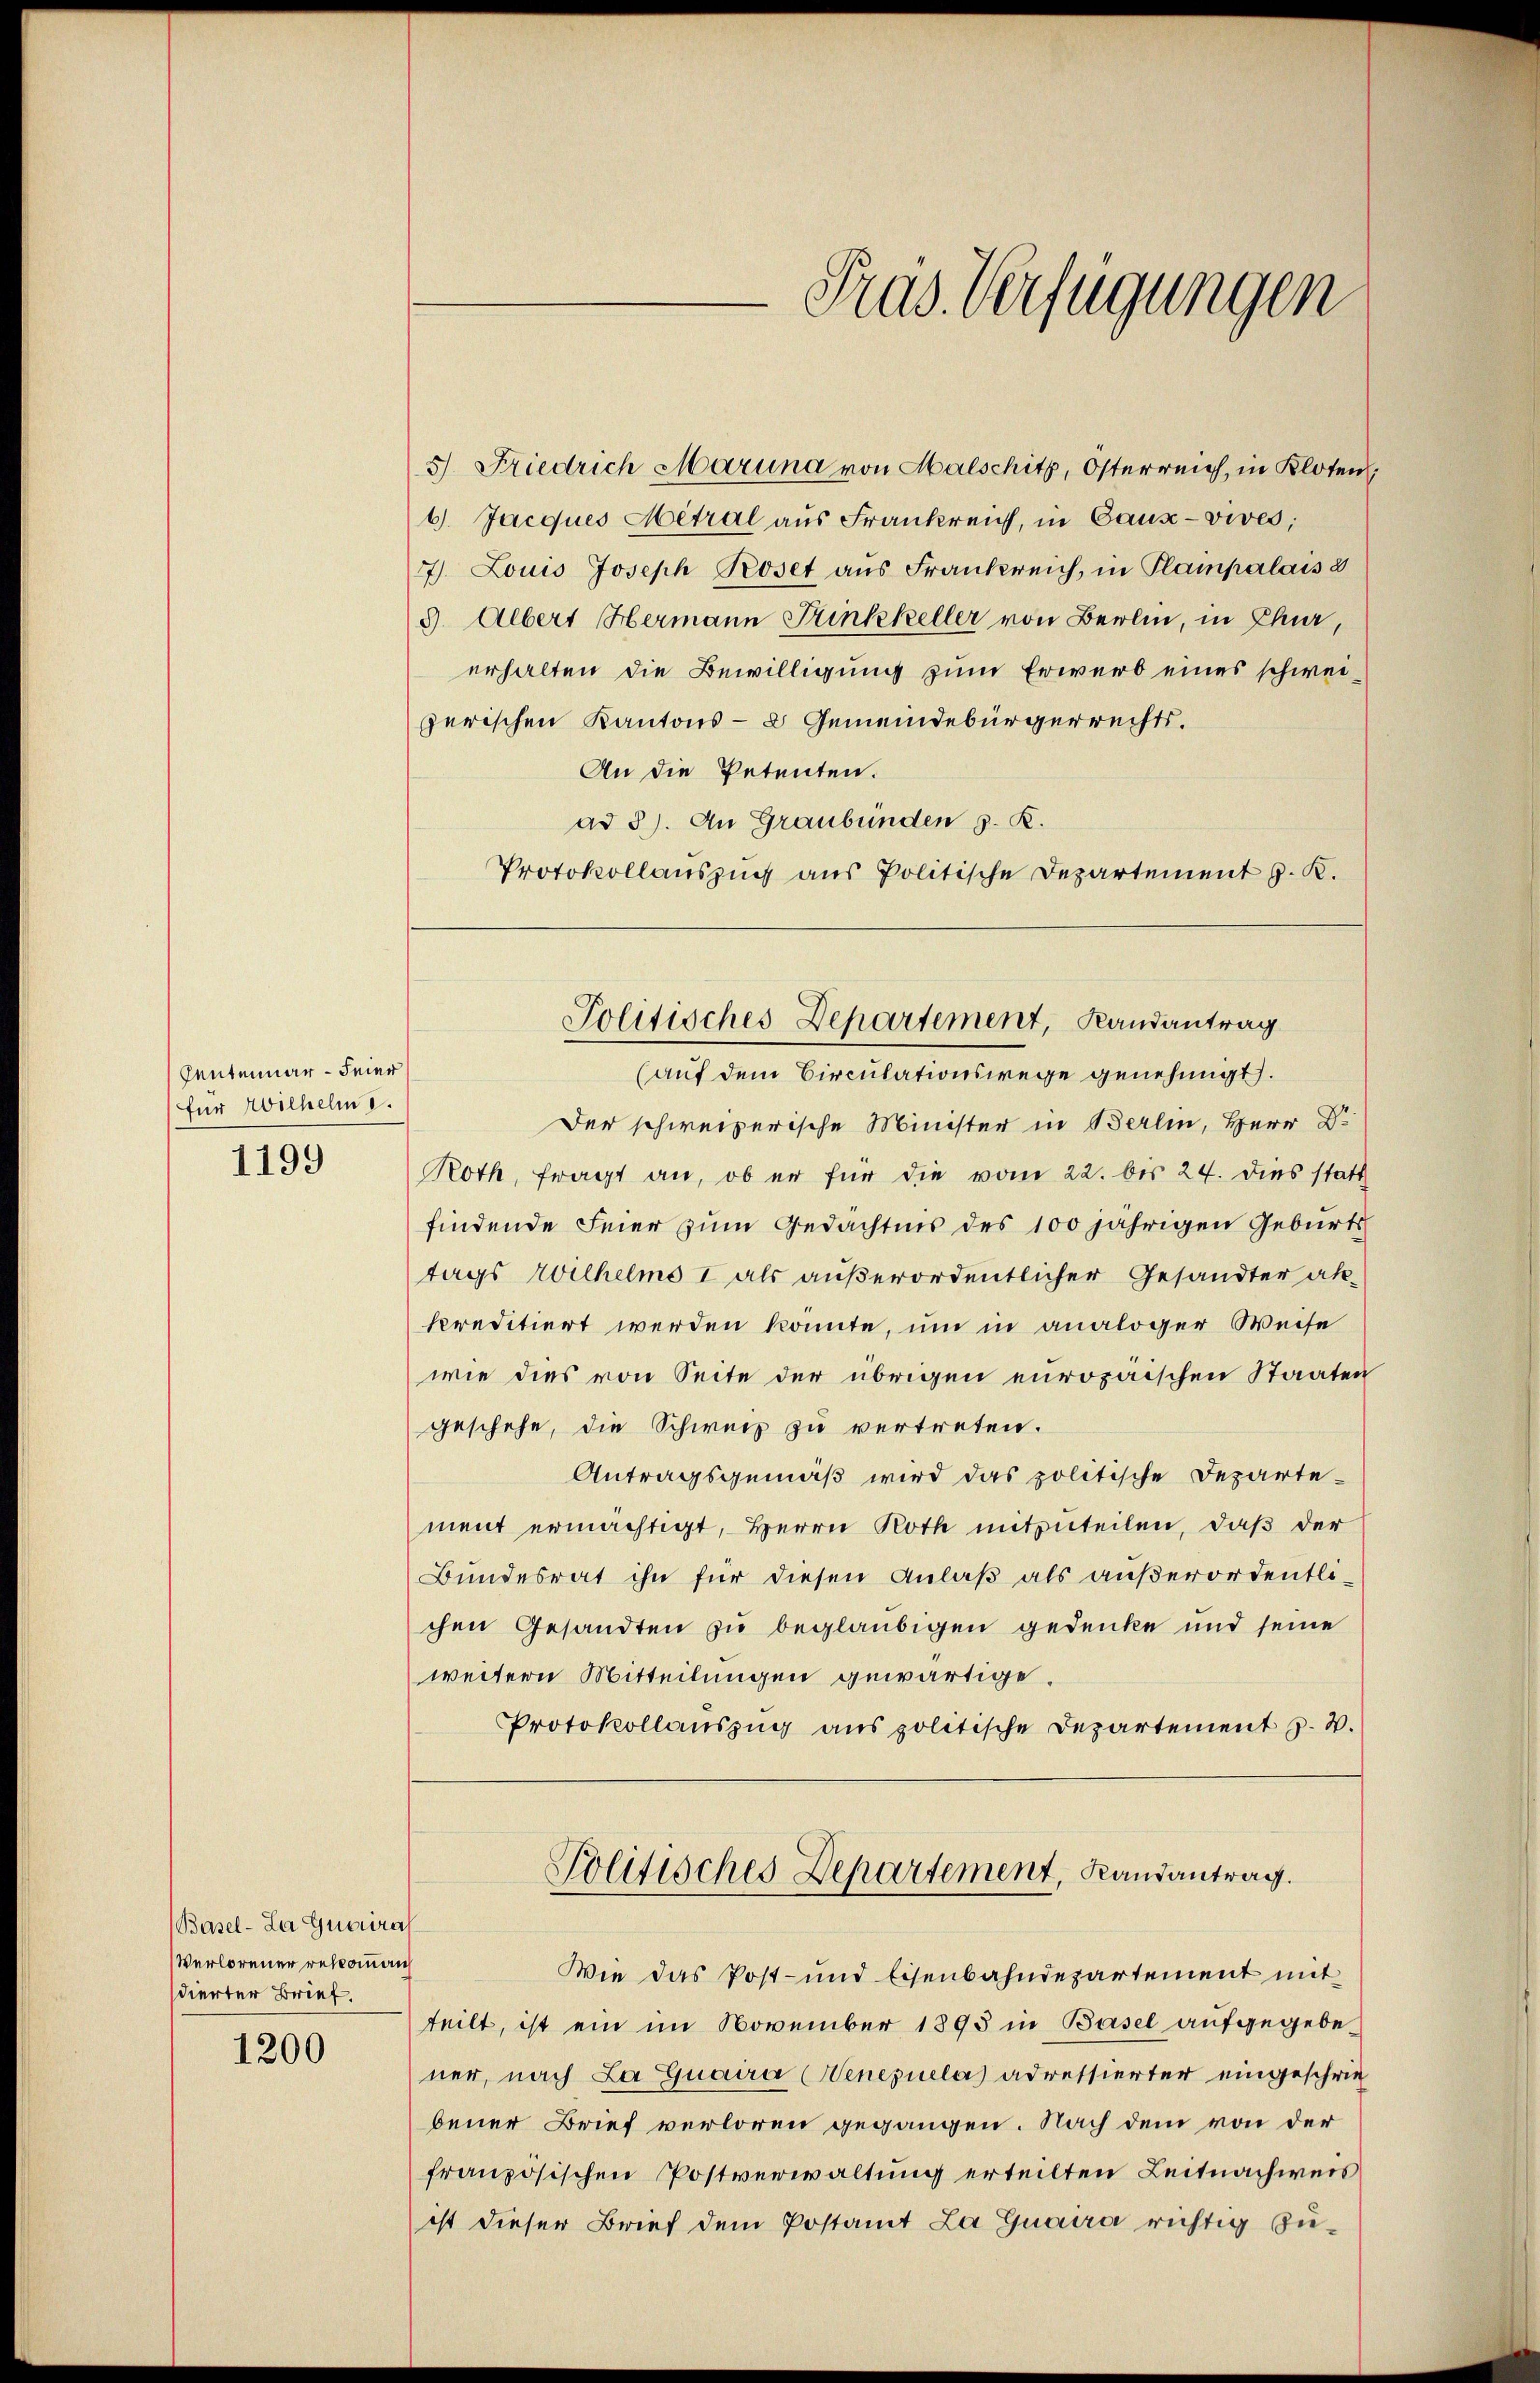
Centenuar - Feier
für Wilhelm i.

1199

(Basel-La Guaira
Verlorener rekomman
dierter Brief.

1200

5) Friedrich Marina von Malschitz, Österreich, in Kloten
6. Jacques Metral aus Frankreich, in Caux-vives,
77. Louis Joseph Roset aus Frankreich, in Plampalais 2
9. Albert Hermann Finkkeller von Berlin, in Chur,
erhalten die Bewilligung zum Erwerb eines schweizerischen Kantons- & Gemeindebürgerrechts¬
An die Petenten.
ad 3). An Graubünden 3. K.
Protokollauszug aus Politische Departement J. K.

Pras. Verfügungen

(auf dem Circulationswege genehmigt.
Der schweizerische Minister in Berlin, Herr Dr
Roth, fragt an, ob er für die vom 22. bis 24. dies statt
findende Feier zum Gedächtnis des 100 jährigen Geburts
tags Wilhelms 1 als außerordentlicher Gesandter ak-
kreditiert werden konnte, um in analoger Weise
wie dies von Seite der übrigen europaischen Staaten
geschehe, die Schweiz zu vertreten.
Antragsgemäß wird das politische Departe-
ment ermächtigt, Herrn Roth mitzuteilen, daß der
Bundesrat ihn für diesen Anlaß als außerordentlichen Gesandten zu beglaubigen gedenke und seine
weitern Mitteilungen gewärtige.
Protokollauszug aus politische Departement J. V.

Politisches Departement, Randantrag

Politisches Departement, Randantrag.

Wie das Post- und Eisenbahndepartement mit
teilt, ist ein im November 1893 in Basel aufgegebener, nach La Guaira (Wenezuela) adressierter eingeschriebener Brief verloren gegangen. Nach dem von der
französischen Postverwaltung erteilten Leitnachweis
ist dieser Brief dem Postamt La Guaura richtig zu¬